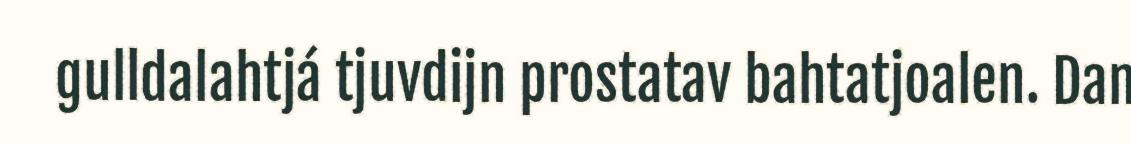
gulldalahtjá tjuvdijn prostatav bahtatjoalen. Dan